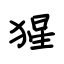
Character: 猩